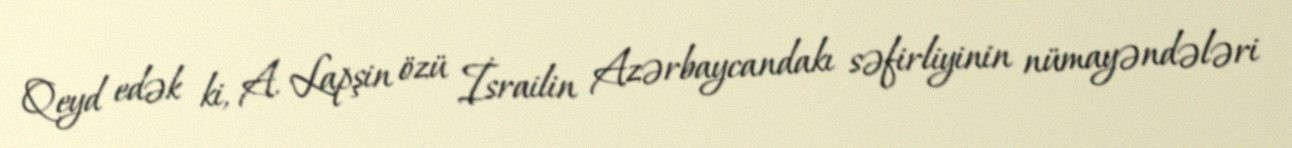
Qeyd edək ki, A. Lapşin özü İsrailin Azərbaycandakı səfirliyinin nümayəndələri